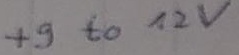
Text: +9 to 12V